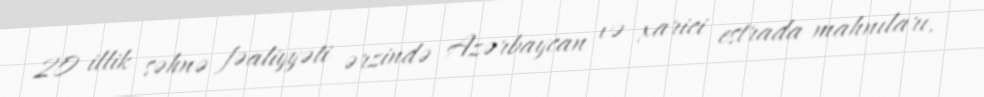
20 illik səhnə fəaliyyəti ərzində Azərbaycan və xarici estrada mahnıları,